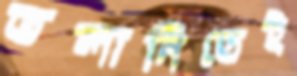
তলানিতেই